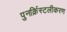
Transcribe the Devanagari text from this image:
पुनर्क्रिस्टलीकरण